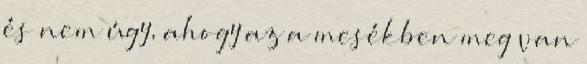
és nem úgy, ahogy az a mesékben meg van